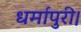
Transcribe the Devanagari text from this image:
धर्मापुरी।